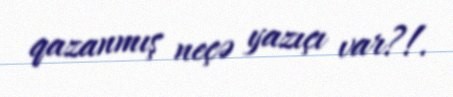
qazanmış neçə yazıçı var?!.